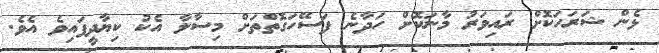
ޅެން ޝަރަހަކޮށް ރައިވަރު މާނަކޮށް ހަދާނެ ފަސޭހަގޮތްތަށް މިސާލާ އެކު ކިޔާދީފައިވެ އެވެ.